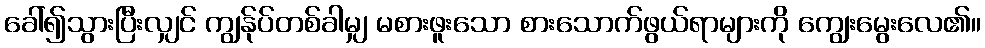
ခေါ်၍သွားပြီးလျှင် ကျွန်ုပ်တစ်ခါမျှ မစားဖူးသော စားသောက်ဖွယ်ရာများကို ကျွေးမွေးလေ၏။